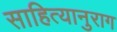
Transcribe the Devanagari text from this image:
साहित्यानुराग